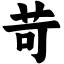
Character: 苛